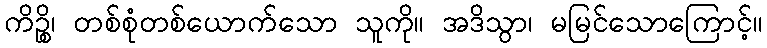
ကိဉ္စိ၊ တစ်စုံတစ်ယောက်သော သူကို။ အဒိသွာ၊ မမြင်သောကြောင့်။